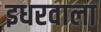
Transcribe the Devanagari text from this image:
इधरवाला